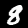
Digit: 8